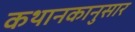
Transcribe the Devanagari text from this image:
कथानकानुसार